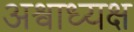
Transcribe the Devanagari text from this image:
अश्वाध्यक्ष